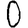
Digit: 0